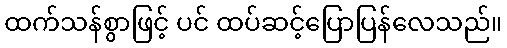
ထက်သန်စွာဖြင့် ပင် ထပ်ဆင့်ပြောပြန်လေသည်။